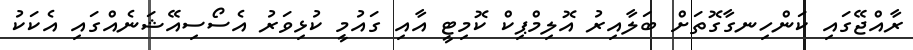
ރާއްޖޭގައި ކަންހިނގާގޮތަށް ބަލާއިރު އޮލިމްޕިކް ކޮމިޓީ އާއި ގައުމީ ކުޅިވަރު އެސޯސިއޭޝަނެއްގައި އެކަކު